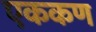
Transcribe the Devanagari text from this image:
एककण